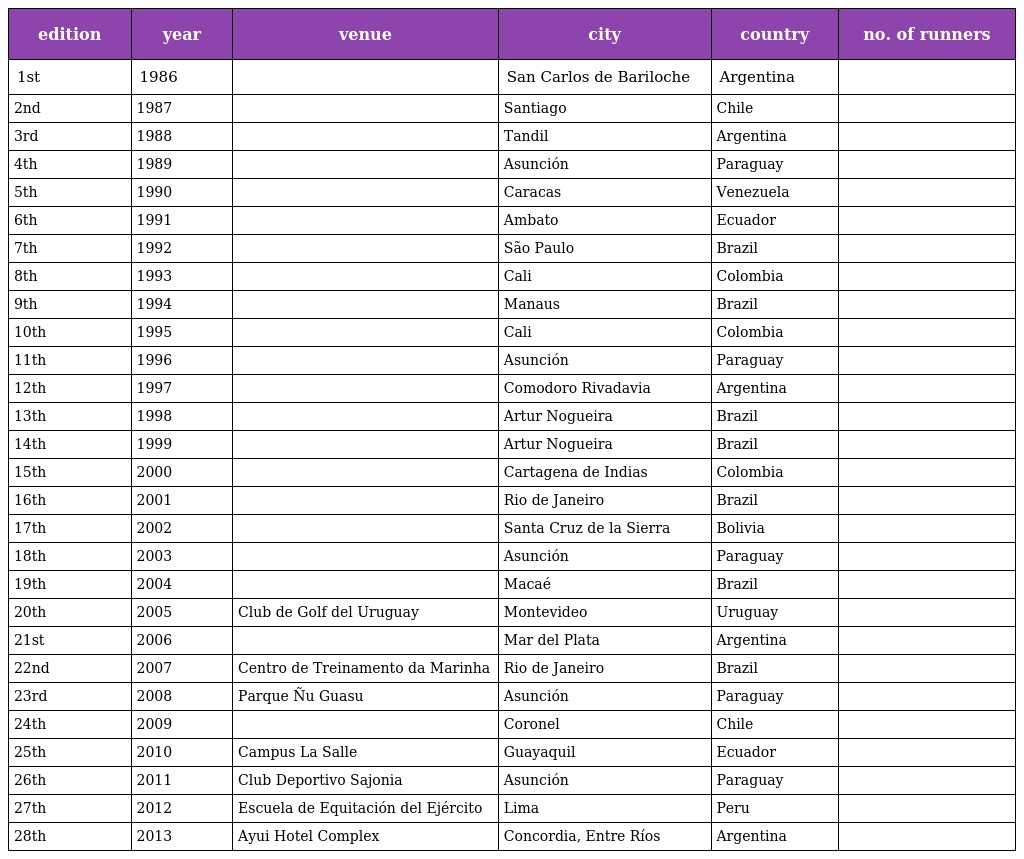
| edition | year | venue | city | country | no. of runners |
 | --- | --- | --- | --- | --- | --- |
 | 1st | 1986 |  | San Carlos de Bariloche | Argentina |  |
 | 2nd | 1987 |  | Santiago | Chile |  |
 | 3rd | 1988 |  | Tandil | Argentina |  |
 | 4th | 1989 |  | Asunción | Paraguay |  |
 | 5th | 1990 |  | Caracas | Venezuela |  |
 | 6th | 1991 |  | Ambato | Ecuador |  |
 | 7th | 1992 |  | São Paulo | Brazil |  |
 | 8th | 1993 |  | Cali | Colombia |  |
 | 9th | 1994 |  | Manaus | Brazil |  |
 | 10th | 1995 |  | Cali | Colombia |  |
 | 11th | 1996 |  | Asunción | Paraguay |  |
 | 12th | 1997 |  | Comodoro Rivadavia | Argentina |  |
 | 13th | 1998 |  | Artur Nogueira | Brazil |  |
 | 14th | 1999 |  | Artur Nogueira | Brazil |  |
 | 15th | 2000 |  | Cartagena de Indias | Colombia |  |
 | 16th | 2001 |  | Rio de Janeiro | Brazil |  |
 | 17th | 2002 |  | Santa Cruz de la Sierra | Bolivia |  |
 | 18th | 2003 |  | Asunción | Paraguay |  |
 | 19th | 2004 |  | Macaé | Brazil |  |
 | 20th | 2005 | Club de Golf del Uruguay | Montevideo | Uruguay |  |
 | 21st | 2006 |  | Mar del Plata | Argentina |  |
 | 22nd | 2007 | Centro de Treinamento da Marinha | Rio de Janeiro | Brazil |  |
 | 23rd | 2008 | Parque Ñu Guasu | Asunción | Paraguay |  |
 | 24th | 2009 |  | Coronel | Chile |  |
 | 25th | 2010 | Campus La Salle | Guayaquil | Ecuador |  |
 | 26th | 2011 | Club Deportivo Sajonia | Asunción | Paraguay |  |
 | 27th | 2012 | Escuela de Equitación del Ejército | Lima | Peru |  |
 | 28th | 2013 | Ayui Hotel Complex | Concordia, Entre Ríos | Argentina |  |